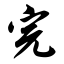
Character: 完